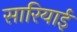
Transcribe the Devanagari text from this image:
सारियाई